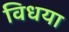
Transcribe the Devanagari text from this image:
विधया